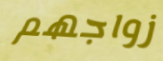
زواجهم